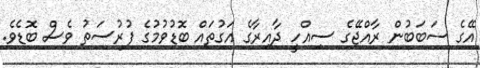
އޭގެ ސަބަބުން ރާއްޖޭގެ ސިއްހީ ދާއިރާގެ އަގުތައް ބޮޑުވުމުގެ ފުރުސަތު ވެސް ބޮޑެވެ.